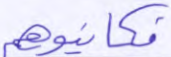
فكاتبوهم